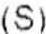
(S)